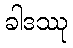
ခါဒဿု